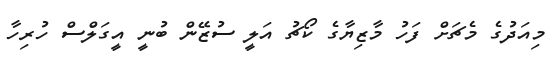
މިއަދުގެ މެޗަށް ފަހު މާޒިޔާގެ ކޯޗު އަލީ ސުޒޭން ބުނީ އީގަލްސް ހުރިހާ